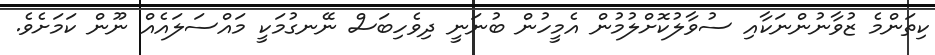
ކިތަންމެ ޒުވާނުންނަކާއި ސުވާލުކޮށްލުމުން އެމީހުން ބުނަނީ ދިވެހިބަސް ނޭނގުމަކީ މައްސަލައެއް ނޫން ކަމަށެވެ.